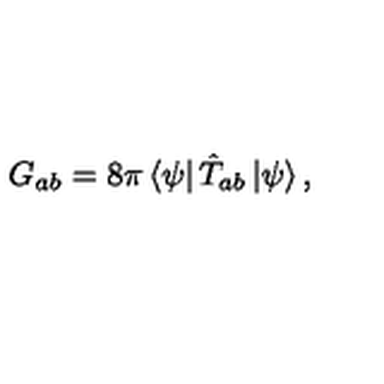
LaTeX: G _ { a b } = 8 \pi \left< \psi \right| \hat { T } _ { a b } \left| \psi \right> ,